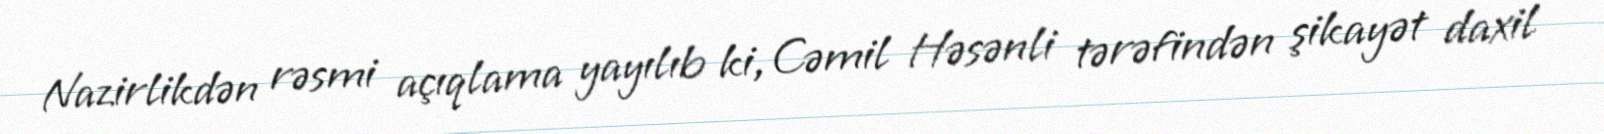
Nazirlikdən rəsmi açıqlama yayılıb ki, Cəmil Həsənli tərəfindən şikayət daxil